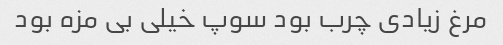
مرغ زیادی چرب بود سوپ خیلی بی مزه بود